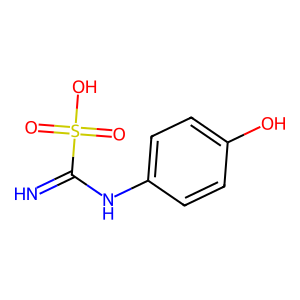
SMILES: N=C(Nc1ccc(O)cc1)S(=O)(=O)O
Inhibits HIV replication: Yes